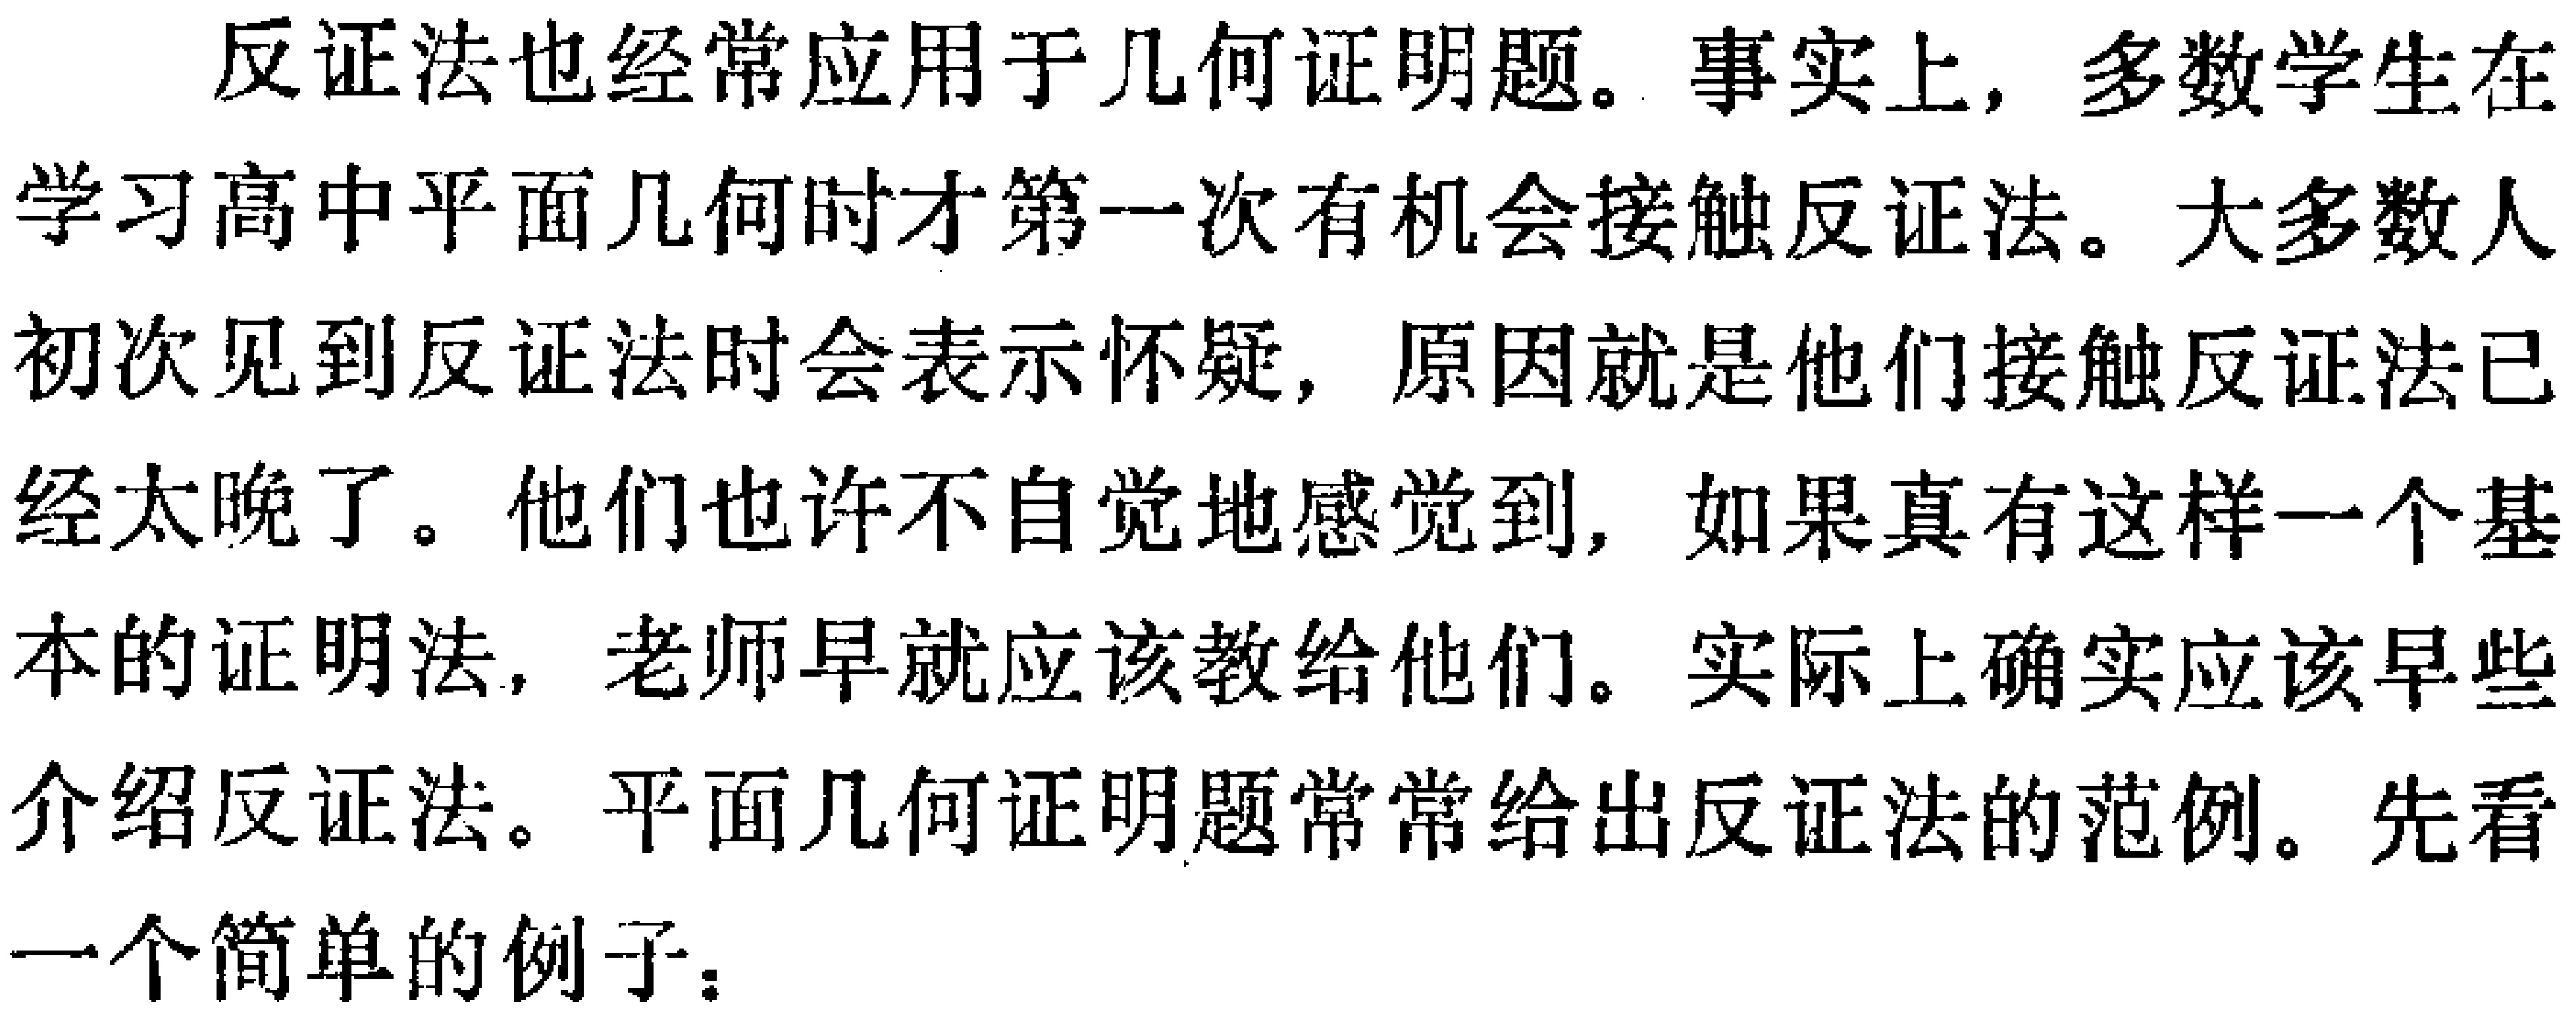
反证法也经常应用于几何证明题。事实上，多数学生在学习高中平面几何时才第一次有机会接触反证法。大多数人初次见到反证法时会表示怀疑，原因就是他们接触反证法已经太晚了。他们也许不自觉地感觉到，如果真有这样一个基本的证明法，老师早就应该教给他们。实际上确实应该早些介绍反证法。平面几何证明题常常给出反证法的范例。先看一个简单的例子：